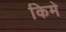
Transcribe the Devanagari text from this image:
किमे